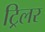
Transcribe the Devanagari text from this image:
ट्रिलर